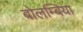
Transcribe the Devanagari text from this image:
बोलम्बिया